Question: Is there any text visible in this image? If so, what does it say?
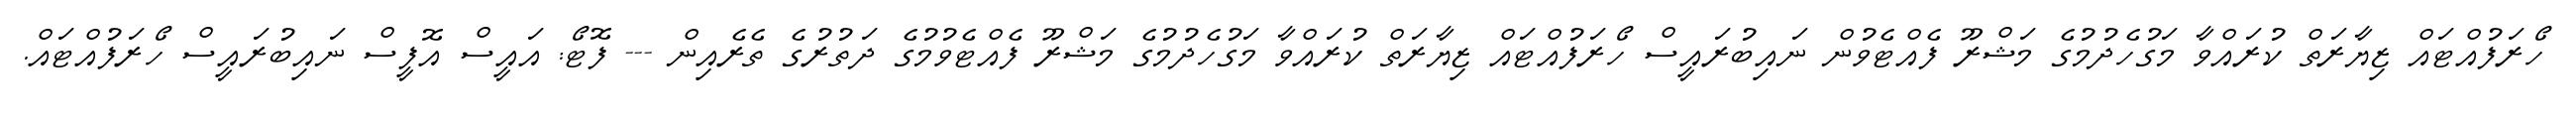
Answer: ހޯރަފުއްޓައް ޒިޔާރަތް ކުރައްވާ މަގުހެދުމުގެ މަޝްރޫ ފެއްޓެވުން ނައިބުރައީސް ހޯރަފުއްޓައް ޒިޔާރަތް ކުރައްވާ މަގުހެދުމުގެ މަޝްރޫ ފެއްޓެވުމުގެ ދަތުރުގެ ތެރެއިން --- ފޮޓޯ: އައީސް އޮފީސް ނައިބުރައީސް ހޯރަފުއްޓައް.